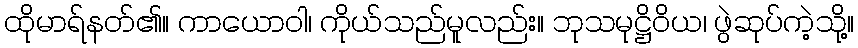
ထိုမာရ်နတ်၏။ ကာယောဝါ၊ ကိုယ်သည်မူလည်း။ ဘုသမုဋ္ဌိဝိယ၊ ဖွဲဆုပ်ကဲ့သို့။